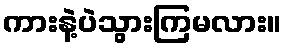
ကားနဲ့ပဲသွားကြမလား။